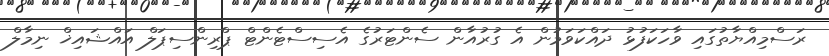
ރަސްމިއްޔާތުގައި ވާހަކަފުޅު ދައްކަވަމުން އެ ގުރުއާން ސެންޓަރުގެ އެސިސްޓެންޓް ޕްރިންސިޕަލް އައްޝައިޚް ނިމާލް